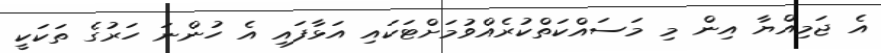
އެ ޖަމިއްޔާ އިން މި މަސައްކަތްކުރެއްވުމަށްޓަކައި އަޅާފައި އެ ހުންނަ ހަރުގެ ތަކަކީ